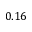
0 . 1 6